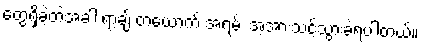
တွေ့ရှိခဲ့တဲ့အခါ ရာ့ချ် တယောက် အရမ်း အံ့အားသင့်သွားခဲ့ရပါတယ်။